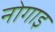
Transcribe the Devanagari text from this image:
नोगाइ